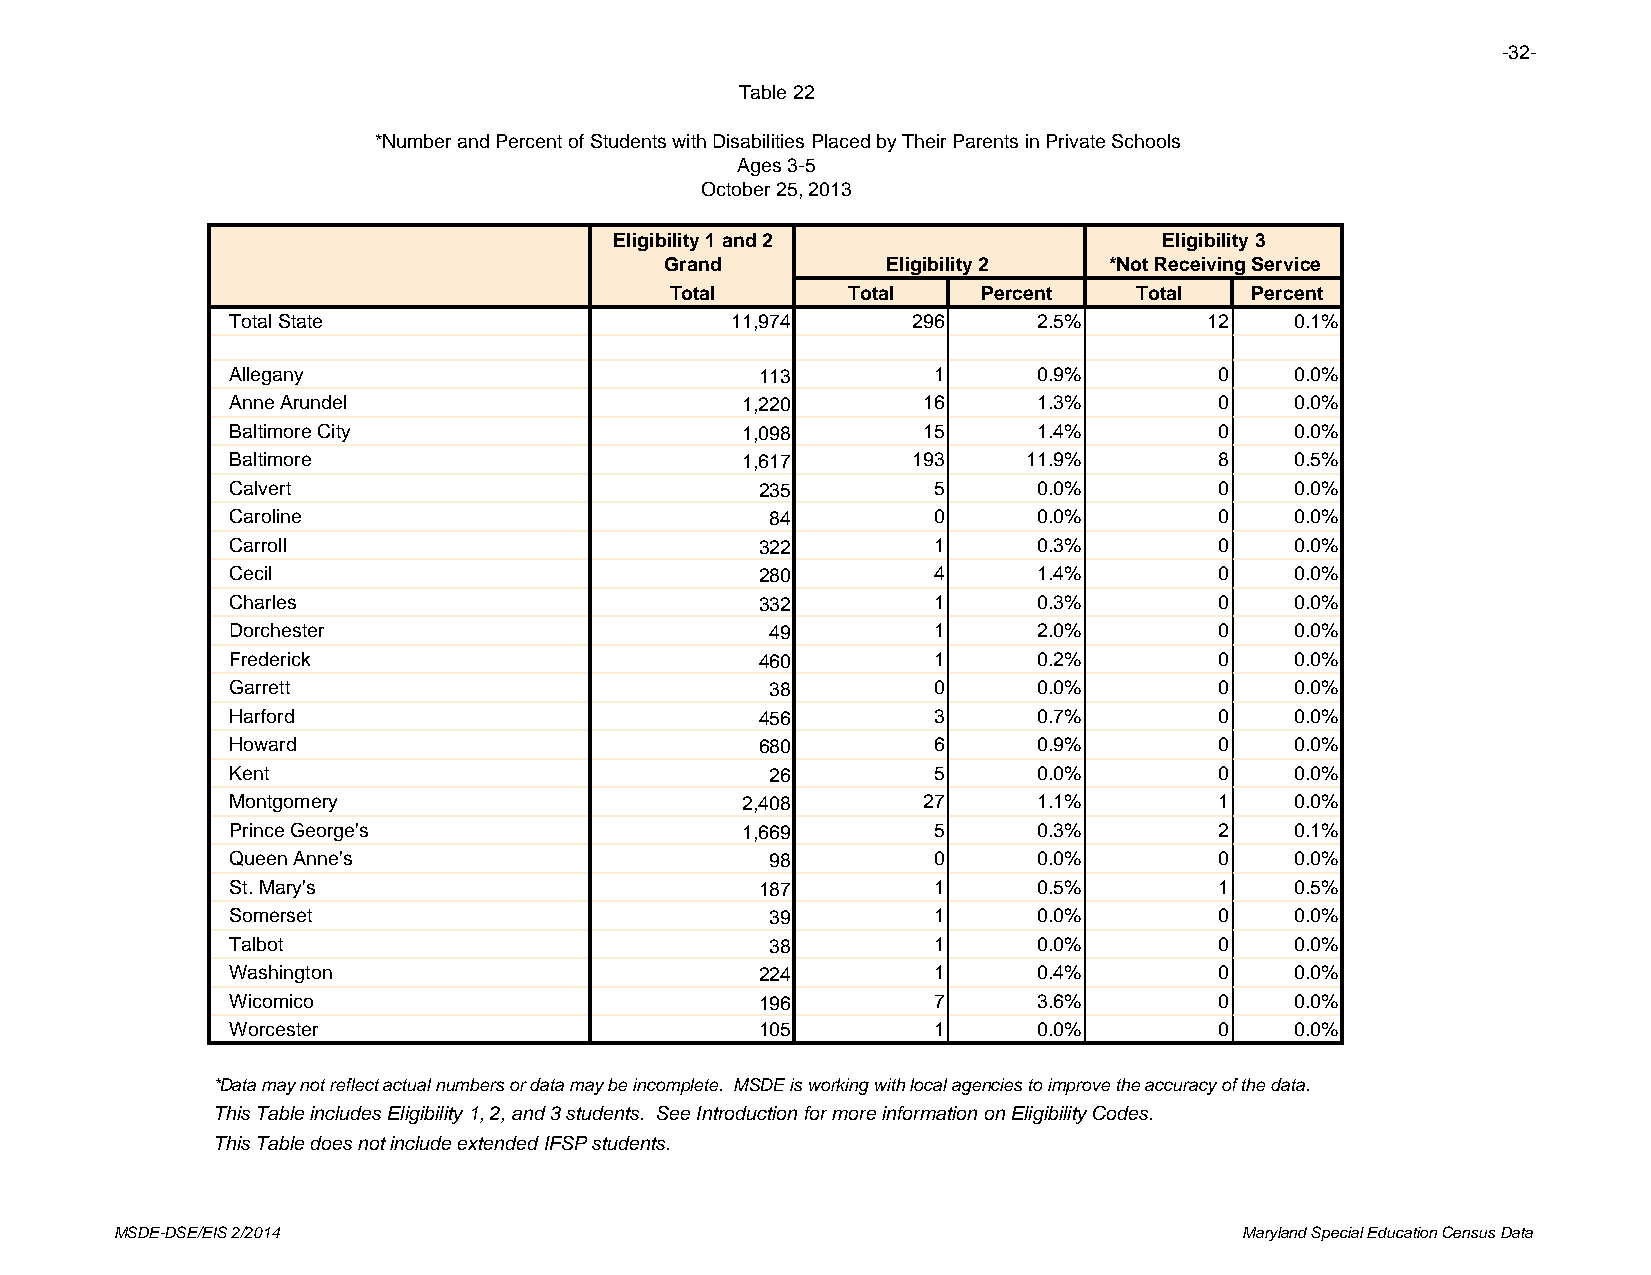
-32-
 Table 22
 *Number and Percent of Students with Disabilities Placed by Their Parents in Private Schools
 Ages 3-5
 October 25, 2013
 Eligibility 1 and 2                 Eligibility 3
 Grand          Eligibility 2 *Not Receiving Service
 Total       Total    Percent   Total   Percent
 Total State                      11,974      296      2.5%       12    0.1%
 Allegany                           113         1      0.9%        0    0.0%
 Anne Arundel                      1,220       16      1.3%        0    0.0%
 Baltimore City                    1,098       15      1.4%        0    0.0%
 Baltimore                         1,617      193     11.9%        8    0.5%
 Calvert                            235         5      0.0%        0    0.0%
 Caroline                            84         0      0.0%        0    0.0%
 Carroll                            322         1      0.3%        0    0.0%
 Cecil                              280         4      1.4%        0    0.0%
 Charles                            332         1      0.3%        0    0.0%
 Dorchester                          49         1      2.0%        0    0.0%
 Frederick                          460         1      0.2%        0    0.0%
 Garrett                             38         0      0.0%        0    0.0%
 Harford                            456         3      0.7%        0    0.0%
 Howard                             680         6      0.9%        0    0.0%
 Kent                                26         5      0.0%        0    0.0%
 Montgomery                        2,408       27      1.1%        1    0.0%
 Prince George's                   1,669        5      0.3%        2    0.1%
 Queen Anne's                        98         0      0.0%        0    0.0%
 St. Mary's                         187         1      0.5%        1    0.5%
 Somerset                            39         1      0.0%        0    0.0%
 Talbot                              38         1      0.0%        0    0.0%
 Washington                         224         1      0.4%        0    0.0%
 Wicomico                           196         7      3.6%        0    0.0%
 Worcester                          105         1      0.0%        0    0.0%
 *Data may not reflect actual numbers or data may be incomplete. MSDE is working with local agencies to improve the accuracy of the data.
 This Table includes Eligibility 1, 2, and 3 students. See Introduction for more information on Eligibility Codes.
 This Table does not include extended IFSP students.
 MSDE-DSE/EIS 2/2014                                                       Maryland Special Education Census Data